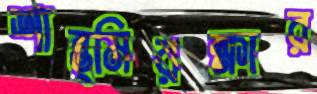
শান্ত্মিরক্ষার